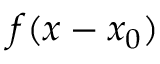
f ( x - x _ { 0 } )